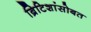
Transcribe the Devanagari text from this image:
ब्रिटिशांसोबत